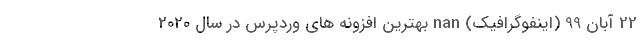
22 آبان 99 (اینفوگرافیک) nan بهترین افزونه های وردپرس در سال 2020